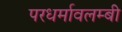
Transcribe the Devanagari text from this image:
परधर्मावलम्बी